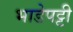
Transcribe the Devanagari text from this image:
भाडेपट्टी